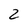
Character: 2